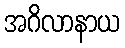
အဂိလာနာယ